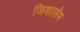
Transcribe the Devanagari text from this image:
जिशालेम